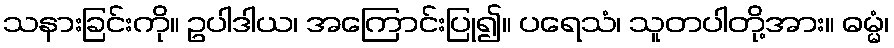
သနားခြင်းကို။ ဥပါဒါယ၊ အကြောင်းပြု၍။ ပရေသံ၊ သူတပါတို့အား။ ဓမ္မံ၊